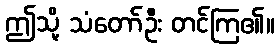
ဤသို့ သံတော်ဦး တင်ကြ၏။